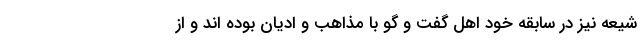
شیعه نیز در سابقه خود اهل گفت و گو با مذاهب و ادیان بوده اند و از